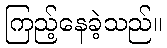
ကြည့်နေခဲ့သည်။